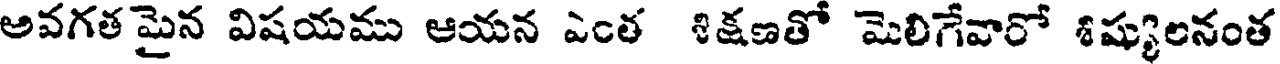
అవగత మైన విషయము ఆయన ఎంత శిక్షణతో మెలిగేవారో శిష్యులనంత